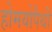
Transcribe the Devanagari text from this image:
होमयोपैथी